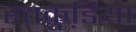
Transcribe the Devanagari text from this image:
रतकुडि़या